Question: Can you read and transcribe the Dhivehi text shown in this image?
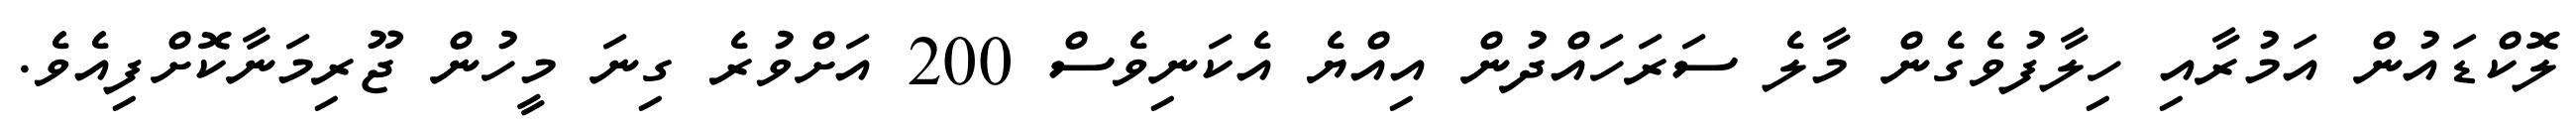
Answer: ލޮކްޑައުން އަމުރާއި ހިލާފުވެގެން މާލެ ސަރަހައްދުން އިއްޔެ އެކަނިވެސް 200 އަށްވުރެ ގިނަ މީހުން ޖޫރިމަނާކޮށްފިއެވެ.